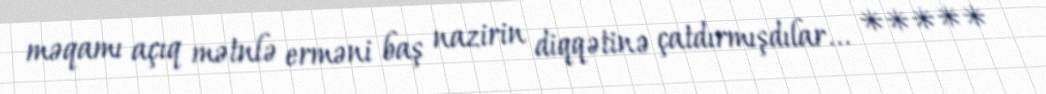
məqamı açıq mətnlə erməni baş nazirin diqqətinə çatdırmışdılar... *****